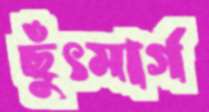
ছুঁৎমার্গ